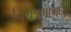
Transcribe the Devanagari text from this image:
नियंत्रणामध्ये